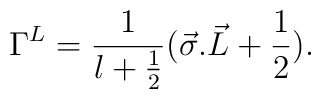
{\Gamma}^L = {\frac{1}{l+\frac{1}{2}}} ( {\vec{\sigma}.\vec{L}} + \frac{1}{2} ).